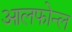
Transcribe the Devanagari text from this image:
आलफोन्ल